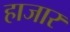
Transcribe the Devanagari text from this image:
हाजार